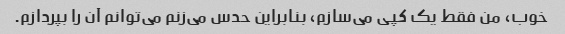
خوب، من فقط یک کپی می‌سازم، بنابراین حدس می‌زنم می‌توانم آن را بپردازم.